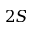
2 S